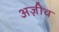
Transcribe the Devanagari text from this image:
अज़ीव